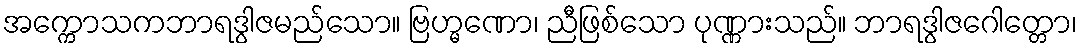
အက္ကောသကဘာရဒွါဇမည်သော။ ဗြဟ္မဏော၊ ညီဖြစ်သော ပုဏ္ဏားသည်။ ဘာရဒွါဇဂေါတ္တော၊